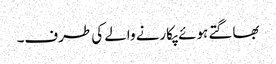
بھاگتے ہوئے پکارنے والے کی طرف۔